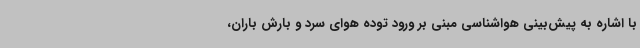
با اشاره به پیش‌بینی هواشناسی مبنی بر ورود توده هوای سرد و بارش باران،